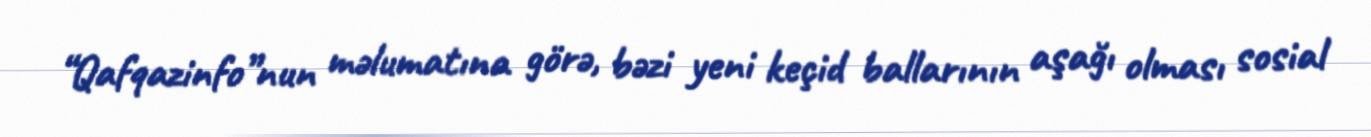
“Qafqazinfo”nun məlumatına görə, bəzi yeni keçid ballarının aşağı olması sosial